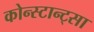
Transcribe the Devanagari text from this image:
कोन्स्टान्ट्सा